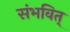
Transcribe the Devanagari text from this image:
संभवित्